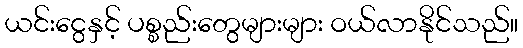
ယင်းငွေနှင့် ပစ္စည်းတွေများများ ဝယ်လာနိုင်သည်။